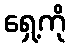
ရှေ့ကို